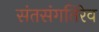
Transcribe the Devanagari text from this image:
संतसंगतिरेव